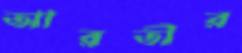
আরতীর